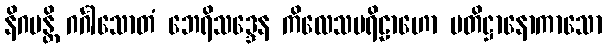
နိဂမန္တိ ဂင်္ဂါသောတံ ဘေရိသဒ္ဒေန ကိလေသပရိဠာဟော ပတိဋ္ဌာနောကာသော